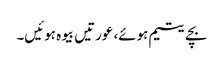
بچے یتیم ہوئے، عورتیں بیوہ ہوئیں۔